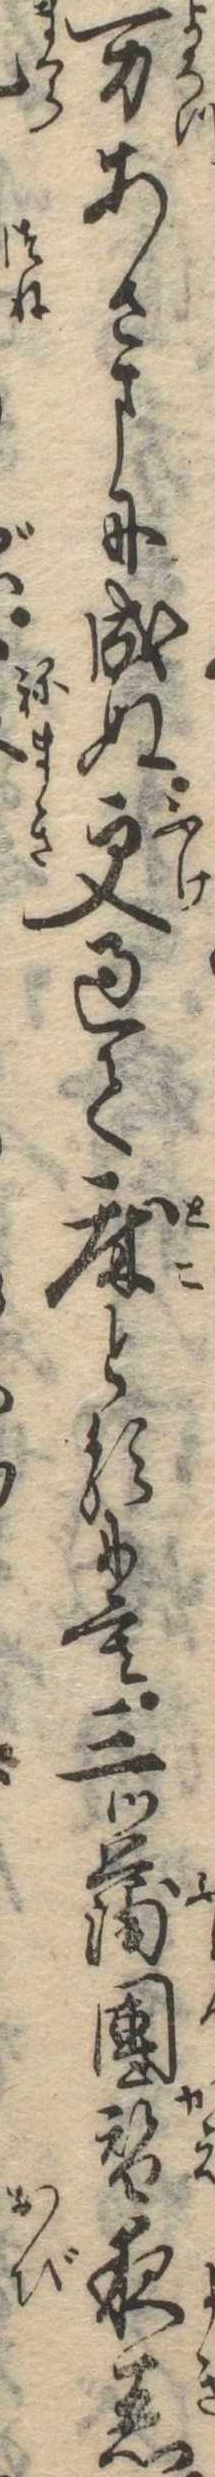
万あさまに成ぬ更過て床とるにも三ツ蒲団替夜着